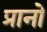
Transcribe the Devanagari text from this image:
प्रानो